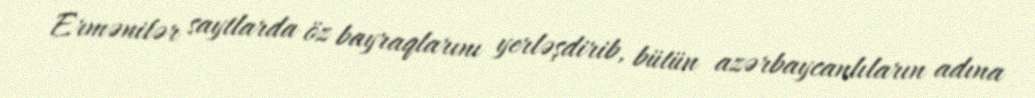
Ermənilər saytlarda öz bayraqlarını yerləşdirib, bütün azərbaycanlıların adına